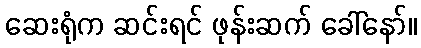
ဆေးရုံက ဆင်းရင် ဖုန်းဆက် ခေါ်နော်။